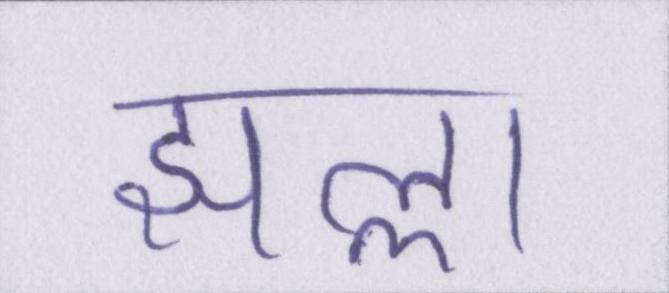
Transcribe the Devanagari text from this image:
झल्ला